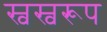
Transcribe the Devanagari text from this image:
स्वस्वरूप